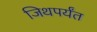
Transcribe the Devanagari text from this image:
जिथपर्यंत